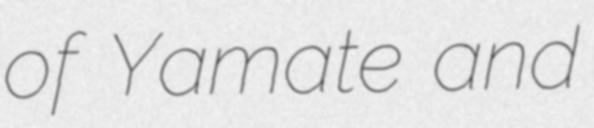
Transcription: of Yamate and